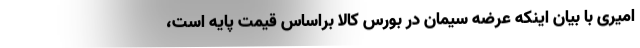
امیری با بیان اینکه عرضه سیمان در بورس کالا براساس قیمت پایه است،